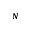
_ N